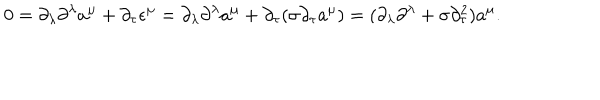
0 = \partial _ { \lambda } \partial ^ { \lambda } a ^ { \mu } + \partial _ { \tau } \epsilon ^ { \mu } = \partial _ { \lambda } \partial ^ { \lambda } a ^ { \mu } + \partial _ { \tau } ( \sigma \partial _ { \tau } a ^ { \mu } ) = ( \partial _ { \lambda } \partial ^ { \lambda } + \sigma \partial _ { \tau } ^ { 2 } ) a ^ { \mu } .